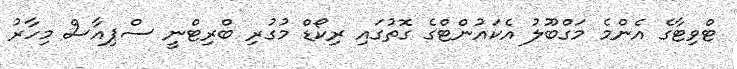
ޓްވިޓާގެ އެންމެ މަގްބޫލު އެކައުންޓްގެ ގޮތުގައި ރިކޯޑް މުގުރި ބްރިޓްނީ ސްޕިއާސް މިހާރު